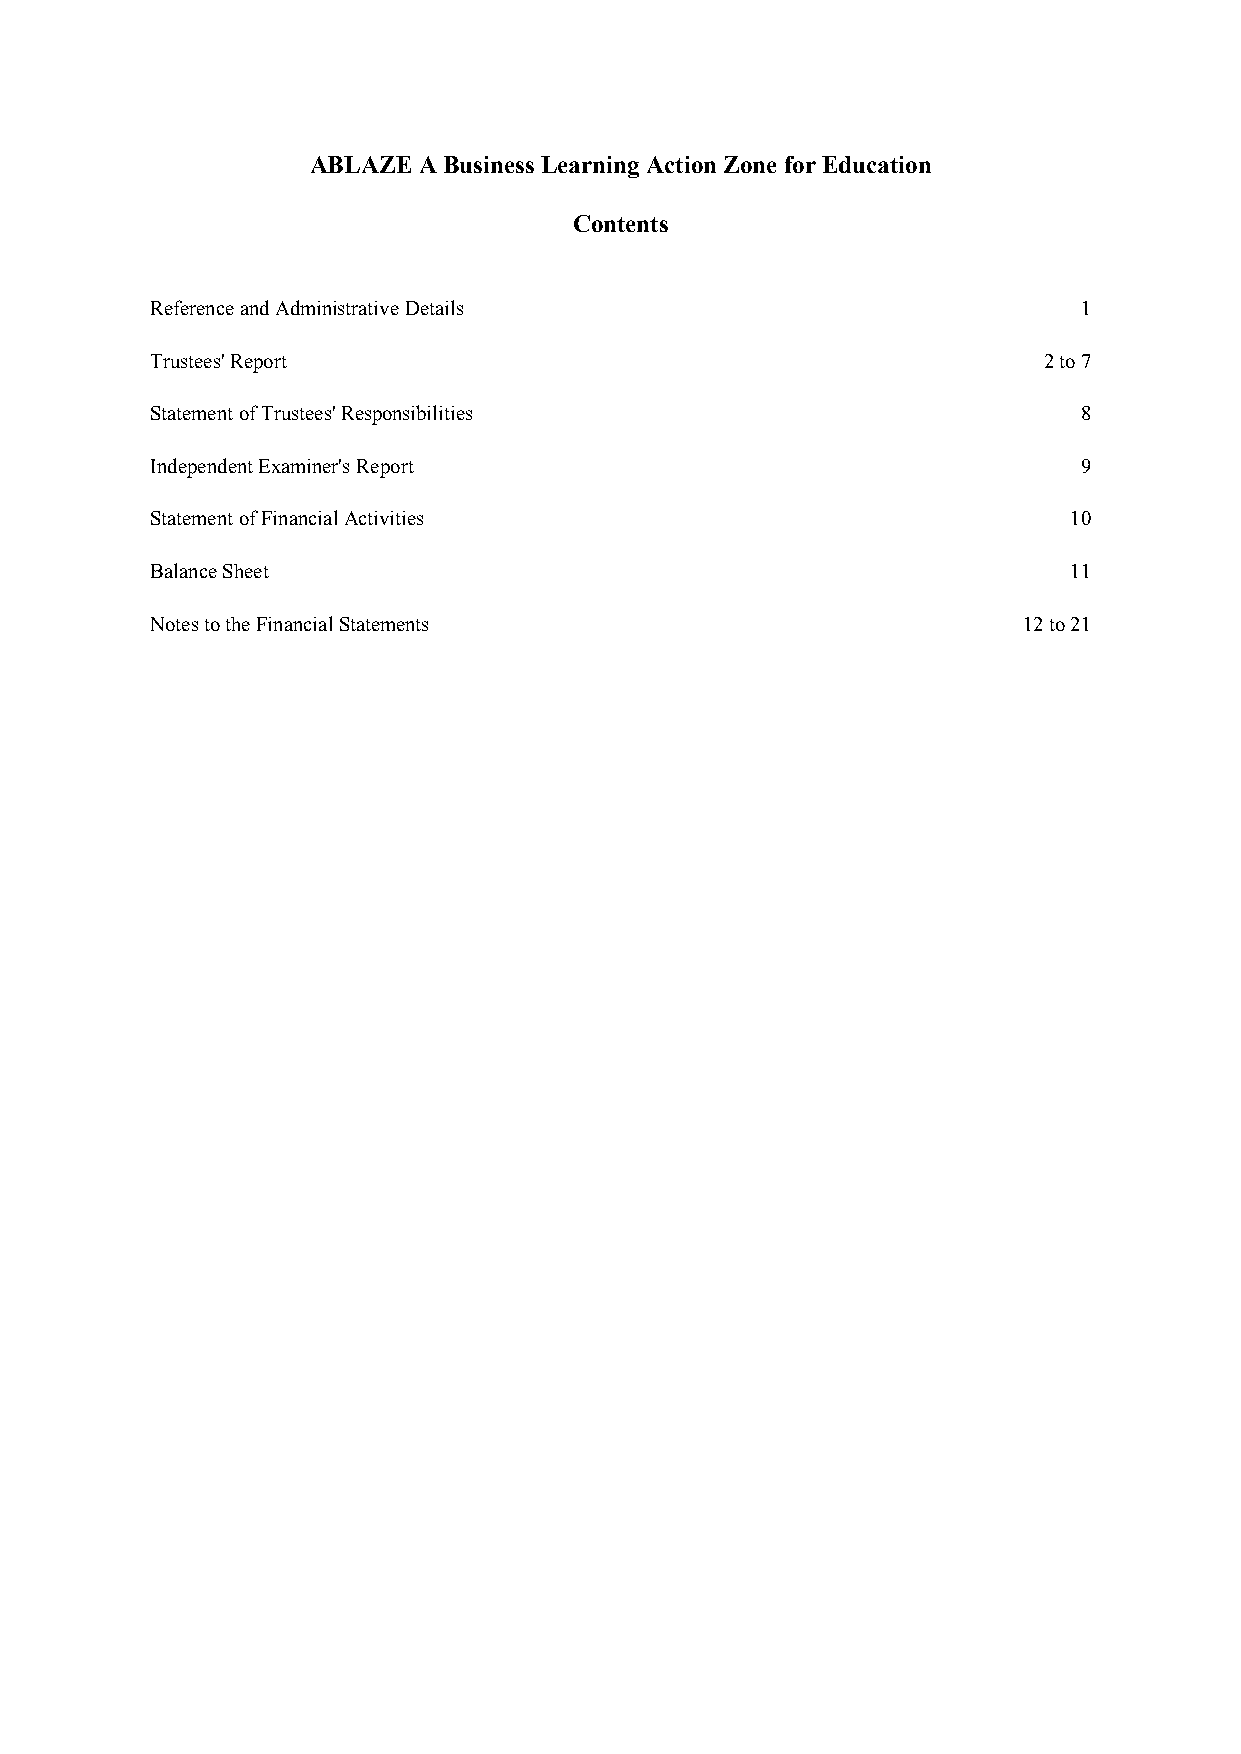
ABLAZE  ABusinessLearning Action Zone forEducation
 Contents
 ReferenceandAdministrative Details                            1
 Trustees'Report                                            2to7
 StatementofTrustees'Responsibilities                          8
 IndependentExaminer'sReport                                   9
 StatementofFinancialActivities                               10
 BalanceSheet                                                 11
 NotestotheFinancialStatements                             12to21